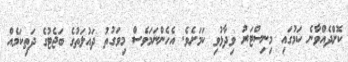
ކޮށްދެއްވާނެ ކަމުގައި މިނިސްޓަރު ވިދާޅުވި ކަމަށެވެ. އެހެންނަމަވެސް މިވަގުތު ދައުލަތުގެ ބަޖެޓުގެ ދަތިކަމެއް